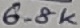
Text: 6.8K